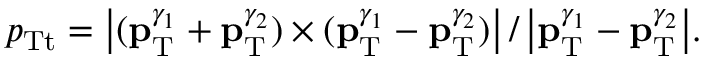
p _ { \mathrm { T t } } = { \left| ( { { \bf p } _ { \mathrm { T } } ^ { \gamma _ { 1 } } } + { { \bf p } _ { \mathrm { T } } ^ { \gamma _ { 2 } } } ) \times ( { { \bf p } _ { \mathrm { T } } ^ { \gamma _ { 1 } } } - { { \bf p } _ { \mathrm { T } } ^ { \gamma _ { 2 } } } ) \right| / \left| { { \bf p } _ { \mathrm { T } } ^ { \gamma _ { 1 } } } - { { \bf p } _ { \mathrm { T } } ^ { \gamma _ { 2 } } } \right| } .